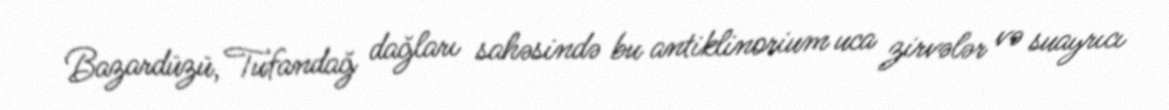
Bazardüzü, Tufandağ dağları sahəsində bu antiklinorium uca zirvələr və suayrıcı